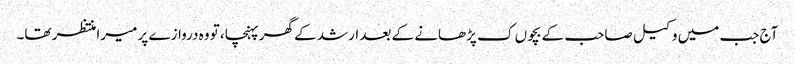
آج جب میں وکیل صاحب کے بچوں ک پڑھانے کے بعد ارشد کے گھر پہنچا، تو وہ دروازے پر میرا منتظر تھا۔